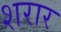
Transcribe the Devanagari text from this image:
शरार